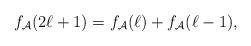
LaTeX: \begin{align*}f_\mathcal{A}(2\ell +1)=f_\mathcal{A}(\ell)+f_\mathcal{A}(\ell-1),\end{align*}